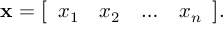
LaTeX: \mathbf { x } = { \left[ \begin{array} { l l l l } { x _ { 1 } } & { x _ { 2 } } & { \dots } & { x _ { n } } \end{array} \right] } .